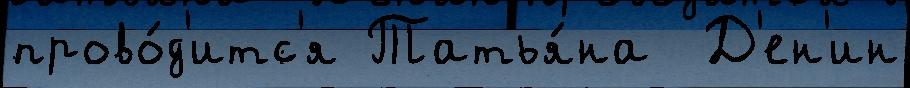
прово́д'итс'я Татья́на  Д'ен'ин